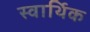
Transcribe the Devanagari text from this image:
स्वार्थिक